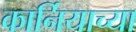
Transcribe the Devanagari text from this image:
कार्नियाच्या